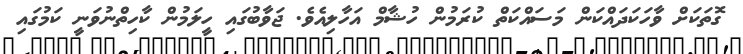
ގޮތަކަށް ވާހަކަދައްކަން މަސައްކަތް ކުރަމުން ހުޝާމް އަހާލިއެވެ. ޖަވާބުގައި ހީލަމުން ކާހިތްނުވަނީ ކަމުގައި